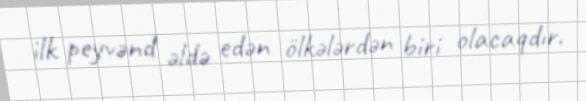
ilk peyvənd əldə edən ölkələrdən biri olacaqdır.